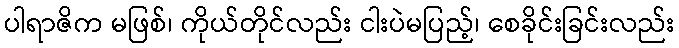
ပါရာဇိက မဖြစ်၊ ကိုယ်တိုင်လည်း ငါးပဲမပြည့်၊ စေခိုင်းခြင်းလည်း